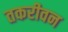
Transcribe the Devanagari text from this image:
तकरीवन